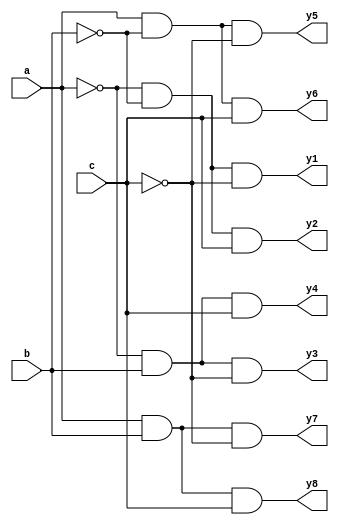
`timescale 1ns / 1ps
//////////////////////////////////////////////////////////////////////////////////
// Company: 
// Engineer: 
// 
// Design Name: 
// Module Name:    Decoder_3to8 
// Project Name: 
// Target Devices: 
// Tool versions: 
// Description: 
//
// Dependencies: 
//
// Revision: 
// Revision 0.01 - File Created
// Additional Comments: 
//
//////////////////////////////////////////////////////////////////////////////////
module Decoder_3to8(
    input a,
    input b,
    input c,
    output y1,
    output y2,
    output y3,
    output y4,
    output y5,
    output y6,
    output y7,
    output y8
    );
	 
	 wire w1,w2,w3;
	 not(w1,a);
	 not(w2,b);
	 not(w3,c);
	 and(y1,w1,w2,w3);
	 and(y2,w1,w2,c);
	 and(y3,w1,b,w3);
	 and(y4,w1,b,c);
	 and(y5,a,w2,w3);
	 and(y6,a,w2,c);
	 and(y7,a,b,w3);
	 and(y8,a,b,c);


endmodule